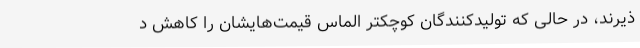
ذیرند، در حالی که تولیدکنندگان کوچکتر الماس قیمت‌هایشان را کاهش د